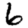
Digit: 6